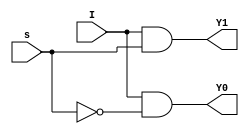
module Demux1_2 (I,s,Y0,Y1);
input I, s;
output Y0, Y1;
wire S;

not(S, s);
and(Y0, I, S);
and(Y1, I,s);


//assign Y0 = I&(~s);
//assign Y1 = I&(s);

endmodule